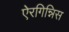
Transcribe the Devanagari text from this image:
ऐरगिन्निस